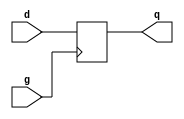
module d_flipFlop (

  input d, 
  input g,
  output reg q
);

always @ (posedge g)
  if(g)
    q <= d;
  else
    q <= 0;


endmodule